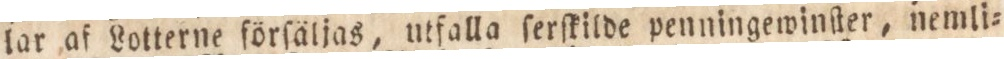
lar af Lotterne förſäljas, utfalla ſerſkilde penningewinſter, nemli=